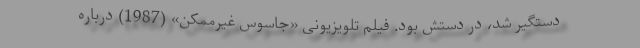
دستگیر شد، در دستش بود. فیلم تلویزیونی «جاسوس غیرممکن» (1987) درباره